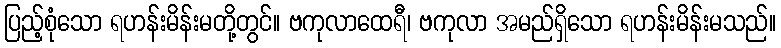
ပြည့်စုံသော ရဟန်းမိန်းမတို့တွင်။ ဗကုလာထေရီ၊ ဗကုလာ အမည်ရှိသော ရဟန်းမိန်းမသည်။